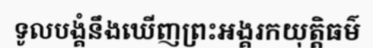
ទូលបង្គំនឹងឃើញព្រះអង្គរកយុត្តិធម៌